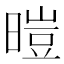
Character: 暟